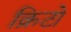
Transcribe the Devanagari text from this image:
क्रिटो